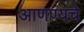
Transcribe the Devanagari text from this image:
आणण्यचे